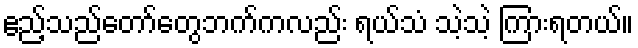
ဧည့်သည်တော်တွေဘက်ကလည်း ရယ်သံ သဲ့သဲ့ ကြားရတယ်။